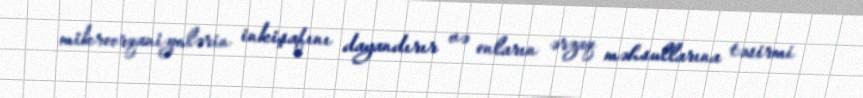
mikroorqanizmlərin inkişafını dayandırır və onların ərzaq məhsullarına təsirmi